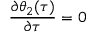
\frac { \partial \theta _ { 2 } ( \tau ) } { \partial \tau } = 0